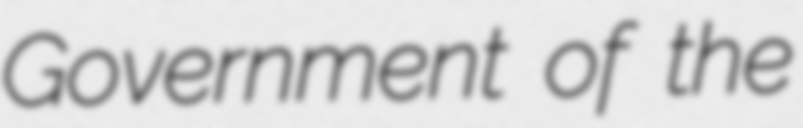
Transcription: Government of the